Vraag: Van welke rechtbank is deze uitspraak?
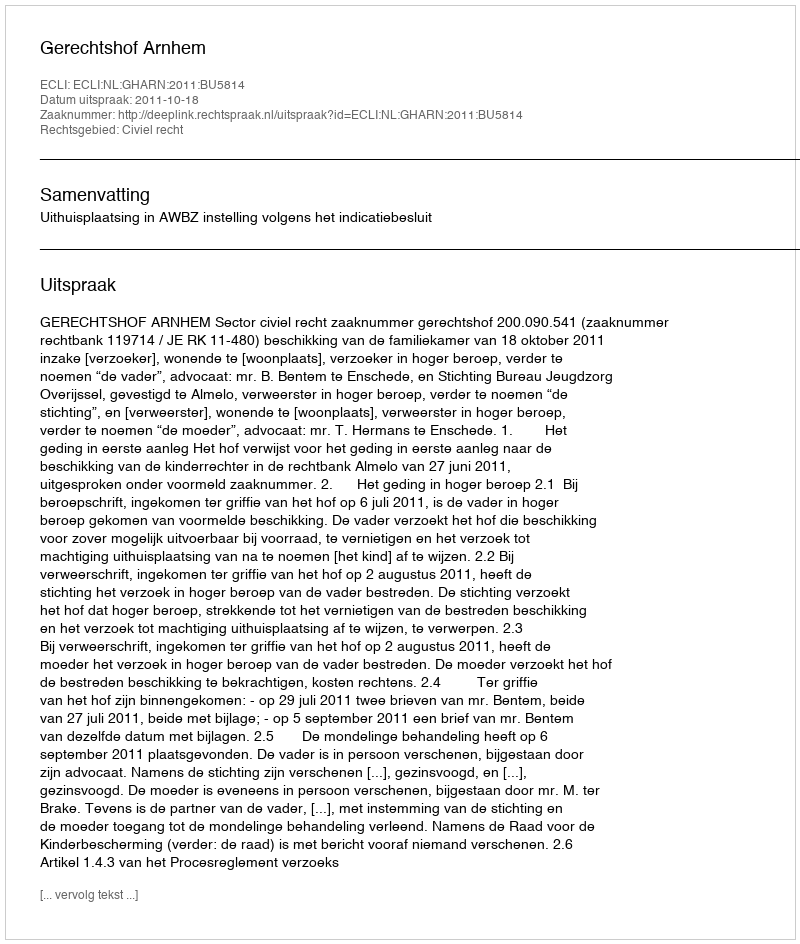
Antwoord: Gerechtshof Arnhem